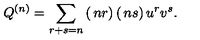
Q ^ { ( n ) } = \sum _ { r + s = n } \left( \begin{matrix} { n } \\ { r } \\ \end{matrix} \right) \left( \begin{matrix} { n } \\ { s } \\ \end{matrix} \right) u ^ { r } v ^ { s } .